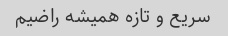
سریع و تازه همیشه راضیم